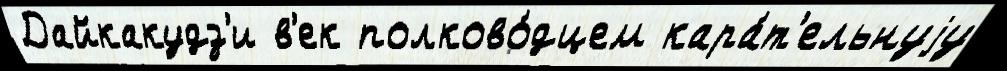
Дайкакудз'и в'ек полково́дцем кара́т'ельнуjу